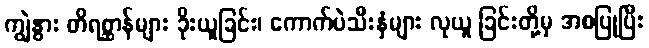
ကျွဲနွား တိရစ္ဆာန်များ ခိုးယူခြင်း၊ ကောက်ပဲသီးနှံများ လုယူ ခြင်းတို့မှ အစပြုပြီး